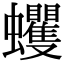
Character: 蠼